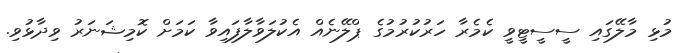
މުޅި މާލޭގައި ސީސީޓީވީ ކެމެރާ ހަރުކުރުމުގެ ޕްލޭނެއް އެކުލަވާލާފައިވާ ކަމަށް ކޮމިޝަނަރު ވިދާޅުވި.